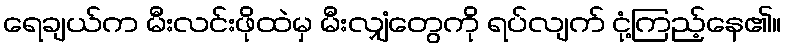
ရေချယ်က မီးလင်းဖိုထဲမှ မီးလျှံတွေကို ရပ်လျက် ငုံ့ကြည့်နေ၏။